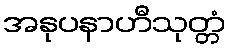
အနုပနာဟီသုတ္တံ